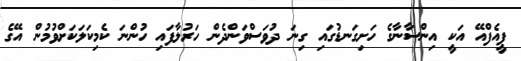
ޕީއެފްއޭ އަކީ އިންސާނާގެ ހަށިގަނޑުގައި ގިނަ ދުވަސްވަންދެން ހަރުލާފައި ހުންނަ ކެމިކަލަކަށްވުމުން އޭގެ